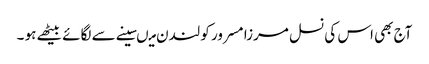
آج بھی اس کی نسل مرزا مسرور کو لندن میںسینے سے لگائے بیٹھے ہو ۔